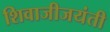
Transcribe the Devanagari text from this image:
शिवाजीजयंती